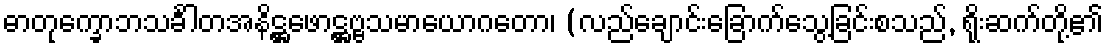
ဓာတုက္ခောဘသင်္ခါတအနိဋ္ဌဖောဋ္ဌဗ္ဗသမာယောဂတော၊ (လည်ချောင်းခြောက်သွေ့ခြင်းစသည်, ရိုးဆက်တို့၏